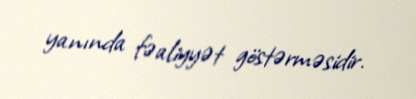
yanında fəaliyyət göstərməsidir.